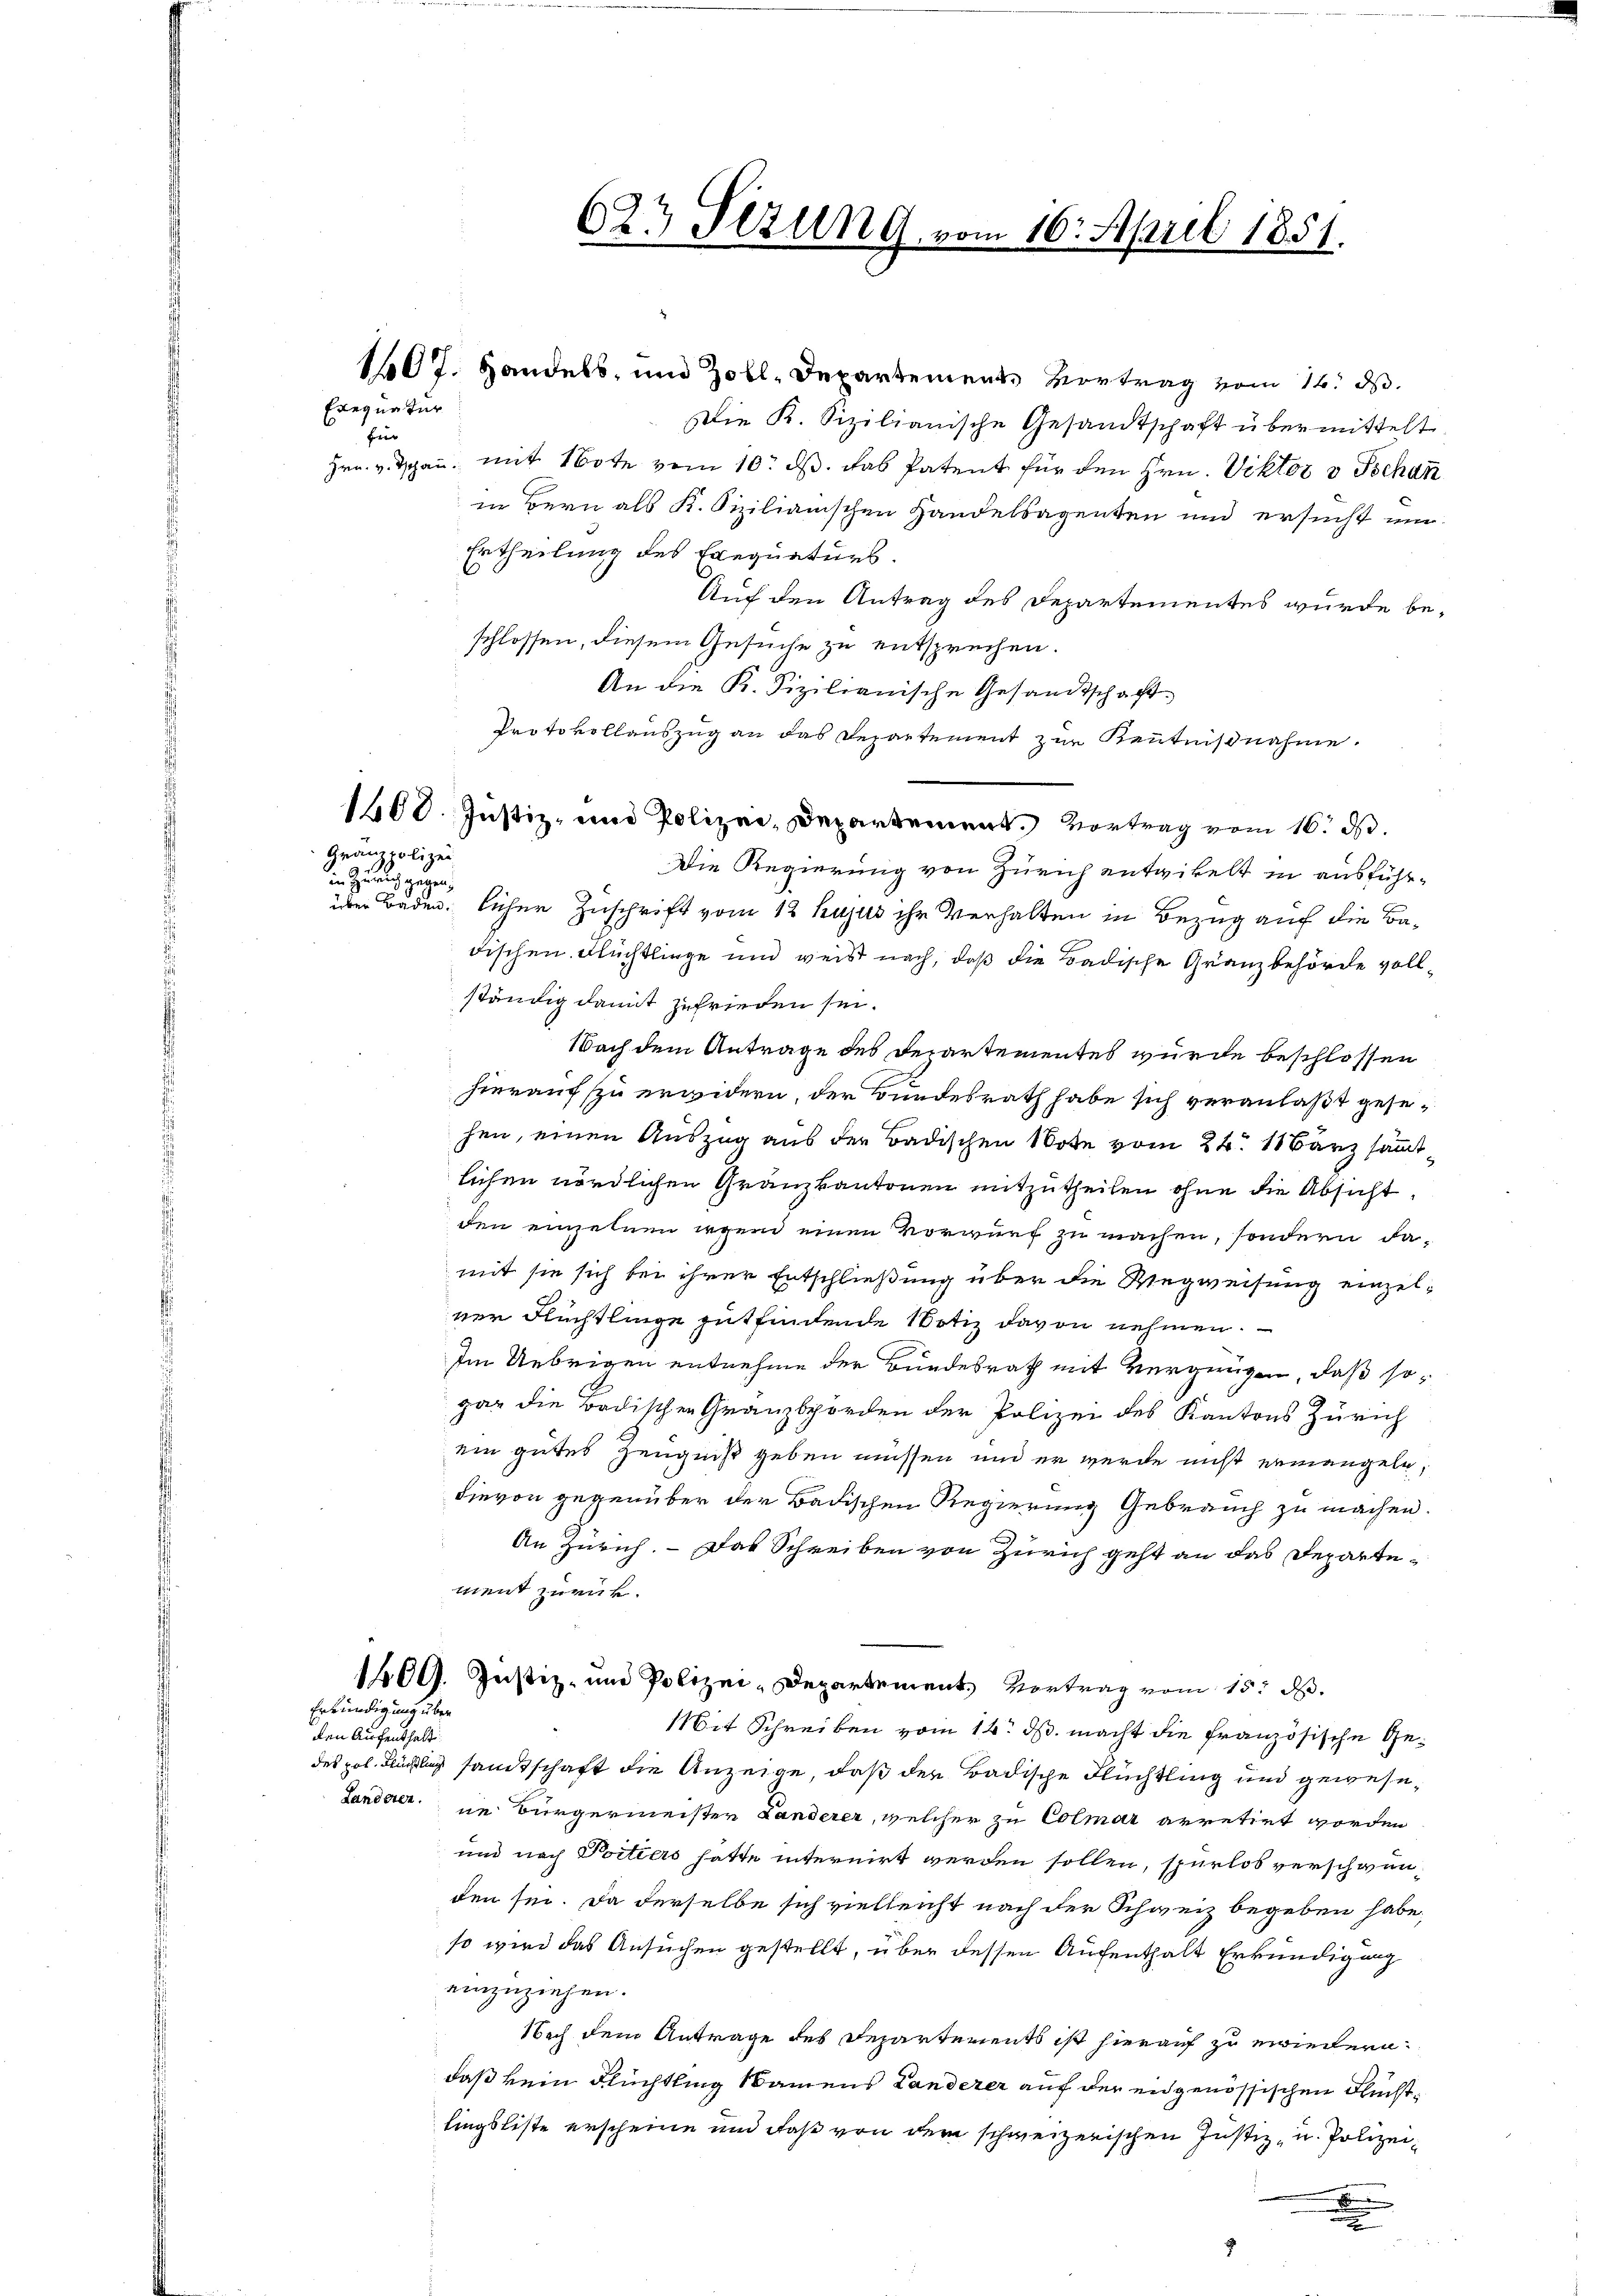
Exequatur
fier

Grämpolizei
in Zürich gegen,

10t. Handels, und Zoll-Departements Vortrag vom 12. ds.
Die K. Sizilianische Gesandtschaft übermittelt
Hrn. v. Tschan, mit Note vom 10. ds. das Patent für den Hrn. Viktor v Tschan
in Bern als K. Sizilianischen Handelsagenten und ersucht um
Ertheilung des Exequaturs.
Auf den Antrag des Departementes wurde beschlossen, diesem Gesuche zu entsprechen.
An die K. Fizilianische Gesandtschaft
Protokollauszug an das Departement zur Kenntnißnahme.
1400. Justiz- und Polizei, Departement. Vortrag vom 16. d.
Die Regierung von Zürich entwickelt in ausführüber Baden, licher Zuschrift vom 12 hujus ihr Verhalten in Bezug auch die Badischen Flüchtlinge und weiß nach, daß die Badische Granzbehörde vollständig damit zufrieden sei.
Nach dem Antrage des Departementes wurde beschlossen
hierauf zu erwidern, der Bundesrath habe sich veranlaßt gesehen, einen Auszug aus der Badischen Note vom 24. März sammtlichen nördlichen Granzkantonen mitzutheilen ohne die Absicht,
den einzelnen irgend einen Vorwurf zu machen, sondern damit sie sich bei ihrer Entschließung über die Wegweisung einzelner Flüchtlinge gutfindende Notiz davon nehmen.
Im Uebrigen entnehme der Bundesrath mit Vergnügen, daß sogar die Badischen Granzbpörden der Polizei des Kantons Zürich
ein gutes Zeugniß geben müssen und er wurde nicht ermangeln,
dievon gegenüber der Badischen Regierung Gebrauch zu machen.
An Zürich. - Das Schreiben von Zürich geht an das Departement zurück.
1400. Justiz- und Polizei-Departement, Vortrag vom 15t d.
Erkündigung über
Mit Schreiben vom 14. ds. macht die französische Geden Aufenthalt
des pol. Flüsslich samtschaft die Anzeige, daß der Badische Flüchtling und gewese¬
Landerer die Bürgermeister Landerer, welcher zu Colmar arretirt worden
und nach Portiers hatte internirt werden sollen, spurlos verschwenden sei. Da derselbe sich vielleicht nach der Schweiz begeben habe,
so wird das Ansuchen gestellt, über dessen Aufenthalt Erkundigung
einzuziehen.
Nach dem Antrage des Departements ist hierauf zu erwiedern:
daß kein Flüchtling Namens Landerer auf der eidgenössischen Fluchtlingsliste erscheine und daß von dem schweizerischen Justiz- u. Polizei¬
.
a
e

623 Stzung vom 16. April 1851.